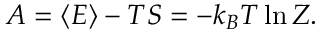
A = \langle E \rangle - T S = - k _ { B } T \ln Z .